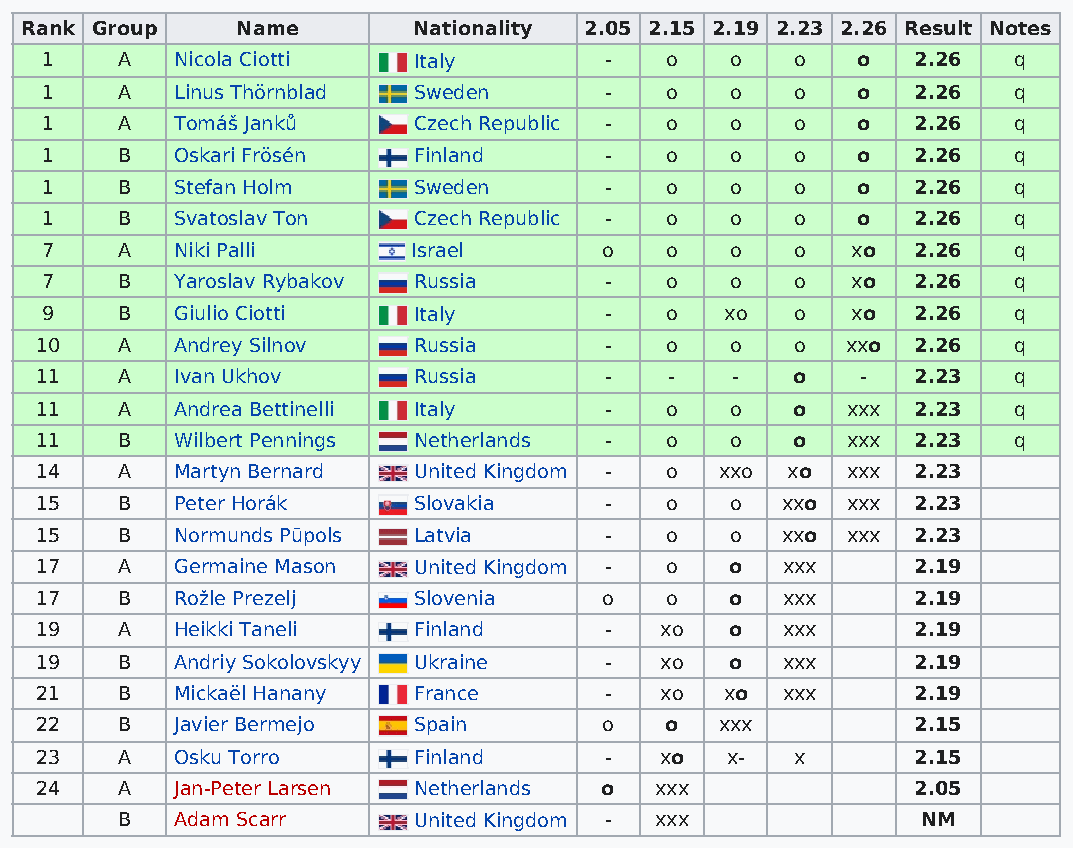
Rank Group     Name       Nationality 2.05 2.15 2.19 2.23 2.26 Result Notes
 1    A   Nicola Ciotti  Italy        -   o   o    o   o   2.26  q
 1    A   Linus Thörnblad Sweden      -   o   o    o   o   2.26  q
 1    A   Tomáš Janků    Czech Republic - o   o    o   o   2.26  q
 1    B   Oskari Frösén  Finland      -   o   o    o   o   2.26  q
 1    B   Stefan Holm    Sweden       -   o   o    o   o   2.26  q
 1    B   Svatoslav Ton  Czech Republic - o   o    o   o   2.26  q
 7    A   Niki Palli     Israel       o   o   o    o  xo   2.26  q
 7    B   Yaroslav Rybakov Russia     -   o   o    o  xo   2.26  q
 9    B   Giulio Ciotti  Italy        -   o   xo   o  xo   2.26  q
 10    A   Andrey Silnov  Russia       -   o   o    o  xxo  2.26  q
 11    A   Ivan Ukhov     Russia       -   -   -    o   -   2.23  q
 11    A   Andrea Bettinelli Italy     -   o   o    o  xxx  2.23  q
 11    B   Wilbert Pennings Netherlands -  o   o    o  xxx  2.23  q
 14    A   Martyn Bernard United Kingdom - o   xxo xo  xxx  2.23
 15    B   Peter Horák    Slovakia     -   o   o   xxo xxx  2.23
 15    B   Normunds Pūpols Latvia      -   o   o   xxo xxx  2.23
 17    A   Germaine Mason United Kingdom - o   o   xxx      2.19
 17    B   Rožle Prezelj  Slovenia     o   o   o   xxx      2.19
 19    A   Heikki Taneli  Finland      -   xo  o   xxx      2.19
 19    B   Andriy Sokolovskyy Ukraine  -   xo  o   xxx      2.19
 21    B   Mickaël Hanany France       -   xo  xo  xxx      2.19
 22    B   Javier Bermejo Spain        o   o   xxx          2.15
 23    A   Osku Torro     Finland      -   xo  x-   x       2.15
 24    A   Jan-Peter Larsen Netherlands o xxx               2.05
 B   Adam Scarr     United Kingdom - xxx              NM